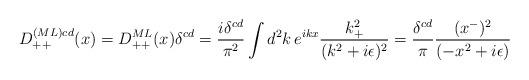
LaTeX: \begin{align*}D_{++}^{(ML)cd}(x) =D_{++}^{ML}(x) \delta^{cd} = {i \delta^{cd}\over \pi^2}\int d^2k\, e^{ikx} {k_+^2\over (k^2 + i \epsilon)^2}= {\delta^{cd}\over \pi}{(x^-)^2\over (-x^2 + i\epsilon)}\ \end{align*}